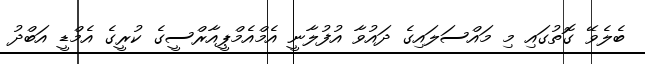
ބެލެވޭ ގޮތުގައި މި މައްސަލައިގެ ދައުވާ އުފުލާނީ އެމްއެމްޕީއާރްސީގެ ކުރީގެ އެމްޑީ އަބްދު